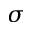
\sigma